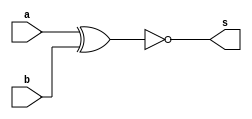
// Exemplo0027 - COMPARADOR
// Nome: Ursula Rosa Monteiro de Castro


module equals(output s, input a, input b);

	xnor XNOR1(s,a,b);

endmodule //equals

module Comparator(output s, input [0:5]a, input [0:5]b, input key);

	wire [0:5]s0;
	wire s1;

	equals E1(s0[5],a[5],b[5]);
	equals E2(s0[4],a[4],b[4]);
	equals E3(s0[3],a[3],b[3]);
	equals E4(s0[2],a[2],b[2]);
	equals E5(s0[1],a[1],b[1]);
	equals E6(s0[0],a[0],b[0]);
	and AND1(s1,s0[0],s0[1],s0[2],s0[3],s0[4],s0[5]);
	xor XOR1(s,s1,key);

endmodule //Comparator


//------------------
module testComparator;

reg [0:5]a = 6'b000000;
reg [0:5]b = 6'b000000;
reg key = 1'b0;
wire s;

Comparator C1(s,a,b,key);
	

initial
	begin
	
	$display ("Exemplo0027 - Ursula Rosa - 427468");
	$display ("COMPARADOR");
		
	#1 $display ("%b: \t%b == %b = %b",key,a,b,s);
		a = 6'b110010;	b = 6'b010100;
	#1 $display ("%b: \t%b == %b = %b",key,a,b,s);
		b = 6'b110110; key = 1'b1;
	#1 $display ("%b: \t%b != %b = %b",key,a,b,s);
		a = 6'b011111;	b = 6'b111000;
	#1 $display ("%b: \t%b != %b = %b",key,a,b,s);
	
	end

endmodule //testComparator